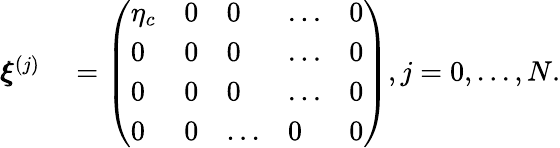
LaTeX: \begin{array}{rl}{\pmb{\xi}^{(j)}}&{{}=\left(\begin{array}{lllll}{\eta_{c}}&{0}&{0}&{...}&{0}\\ {0}&{0}&{0}&{...}&{0}\\ {0}&{0}&{0}&{...}&{0}\\ {0}&{0}&{...}&{0}&{0}\end{array}\right),j=0,...,N.}\end{array}